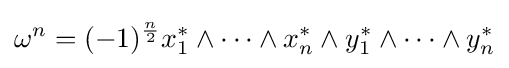
\omega ^{n}=(-1)^{\frac {n}{2}}x_{1}^{*}\wedge \dotsb \wedge x_{n}^{*}\wedge y_{1}^{*}\wedge \dotsb \wedge y_{n}^{*}